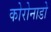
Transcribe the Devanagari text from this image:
कोरोनाडो